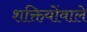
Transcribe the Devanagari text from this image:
शक्तियोंवाले